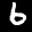
Label: 6